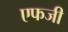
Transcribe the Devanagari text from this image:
एफजी